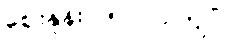
ဈေးနှုန်း - ၅၀၀၀ ကျပ်